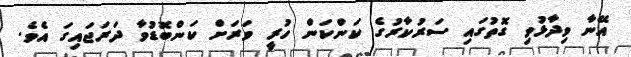
އޭނާ ވިދާޅުވި ގޮތުގައި ސަރުކާރުގެ ކަންކަން ހުރީ ވަރަށް ކަންބޮޑުވާ ދަރަޖައިގަ އެވެ.